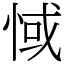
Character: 惐